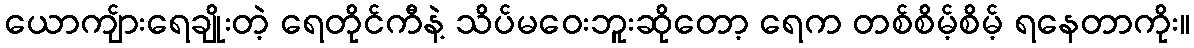
ယောကျ်ားရေချိုးတဲ့ ရေတိုင်ကီနဲ့ သိပ်မဝေးဘူးဆိုတော့ ရေက တစ်စိမ့်စိမ့် ရနေတာကိုး။